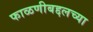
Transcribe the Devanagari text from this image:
फाळणीबद्दलच्या